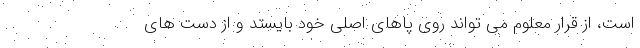
است، از قرار معلوم می تواند روی پاهای اصلی خود بایستد و از دست های